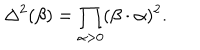
LaTeX: \Delta ^ { 2 } ( \beta ) = \prod _ { \alpha > 0 } ( \beta \cdot \alpha ) ^ { 2 } .